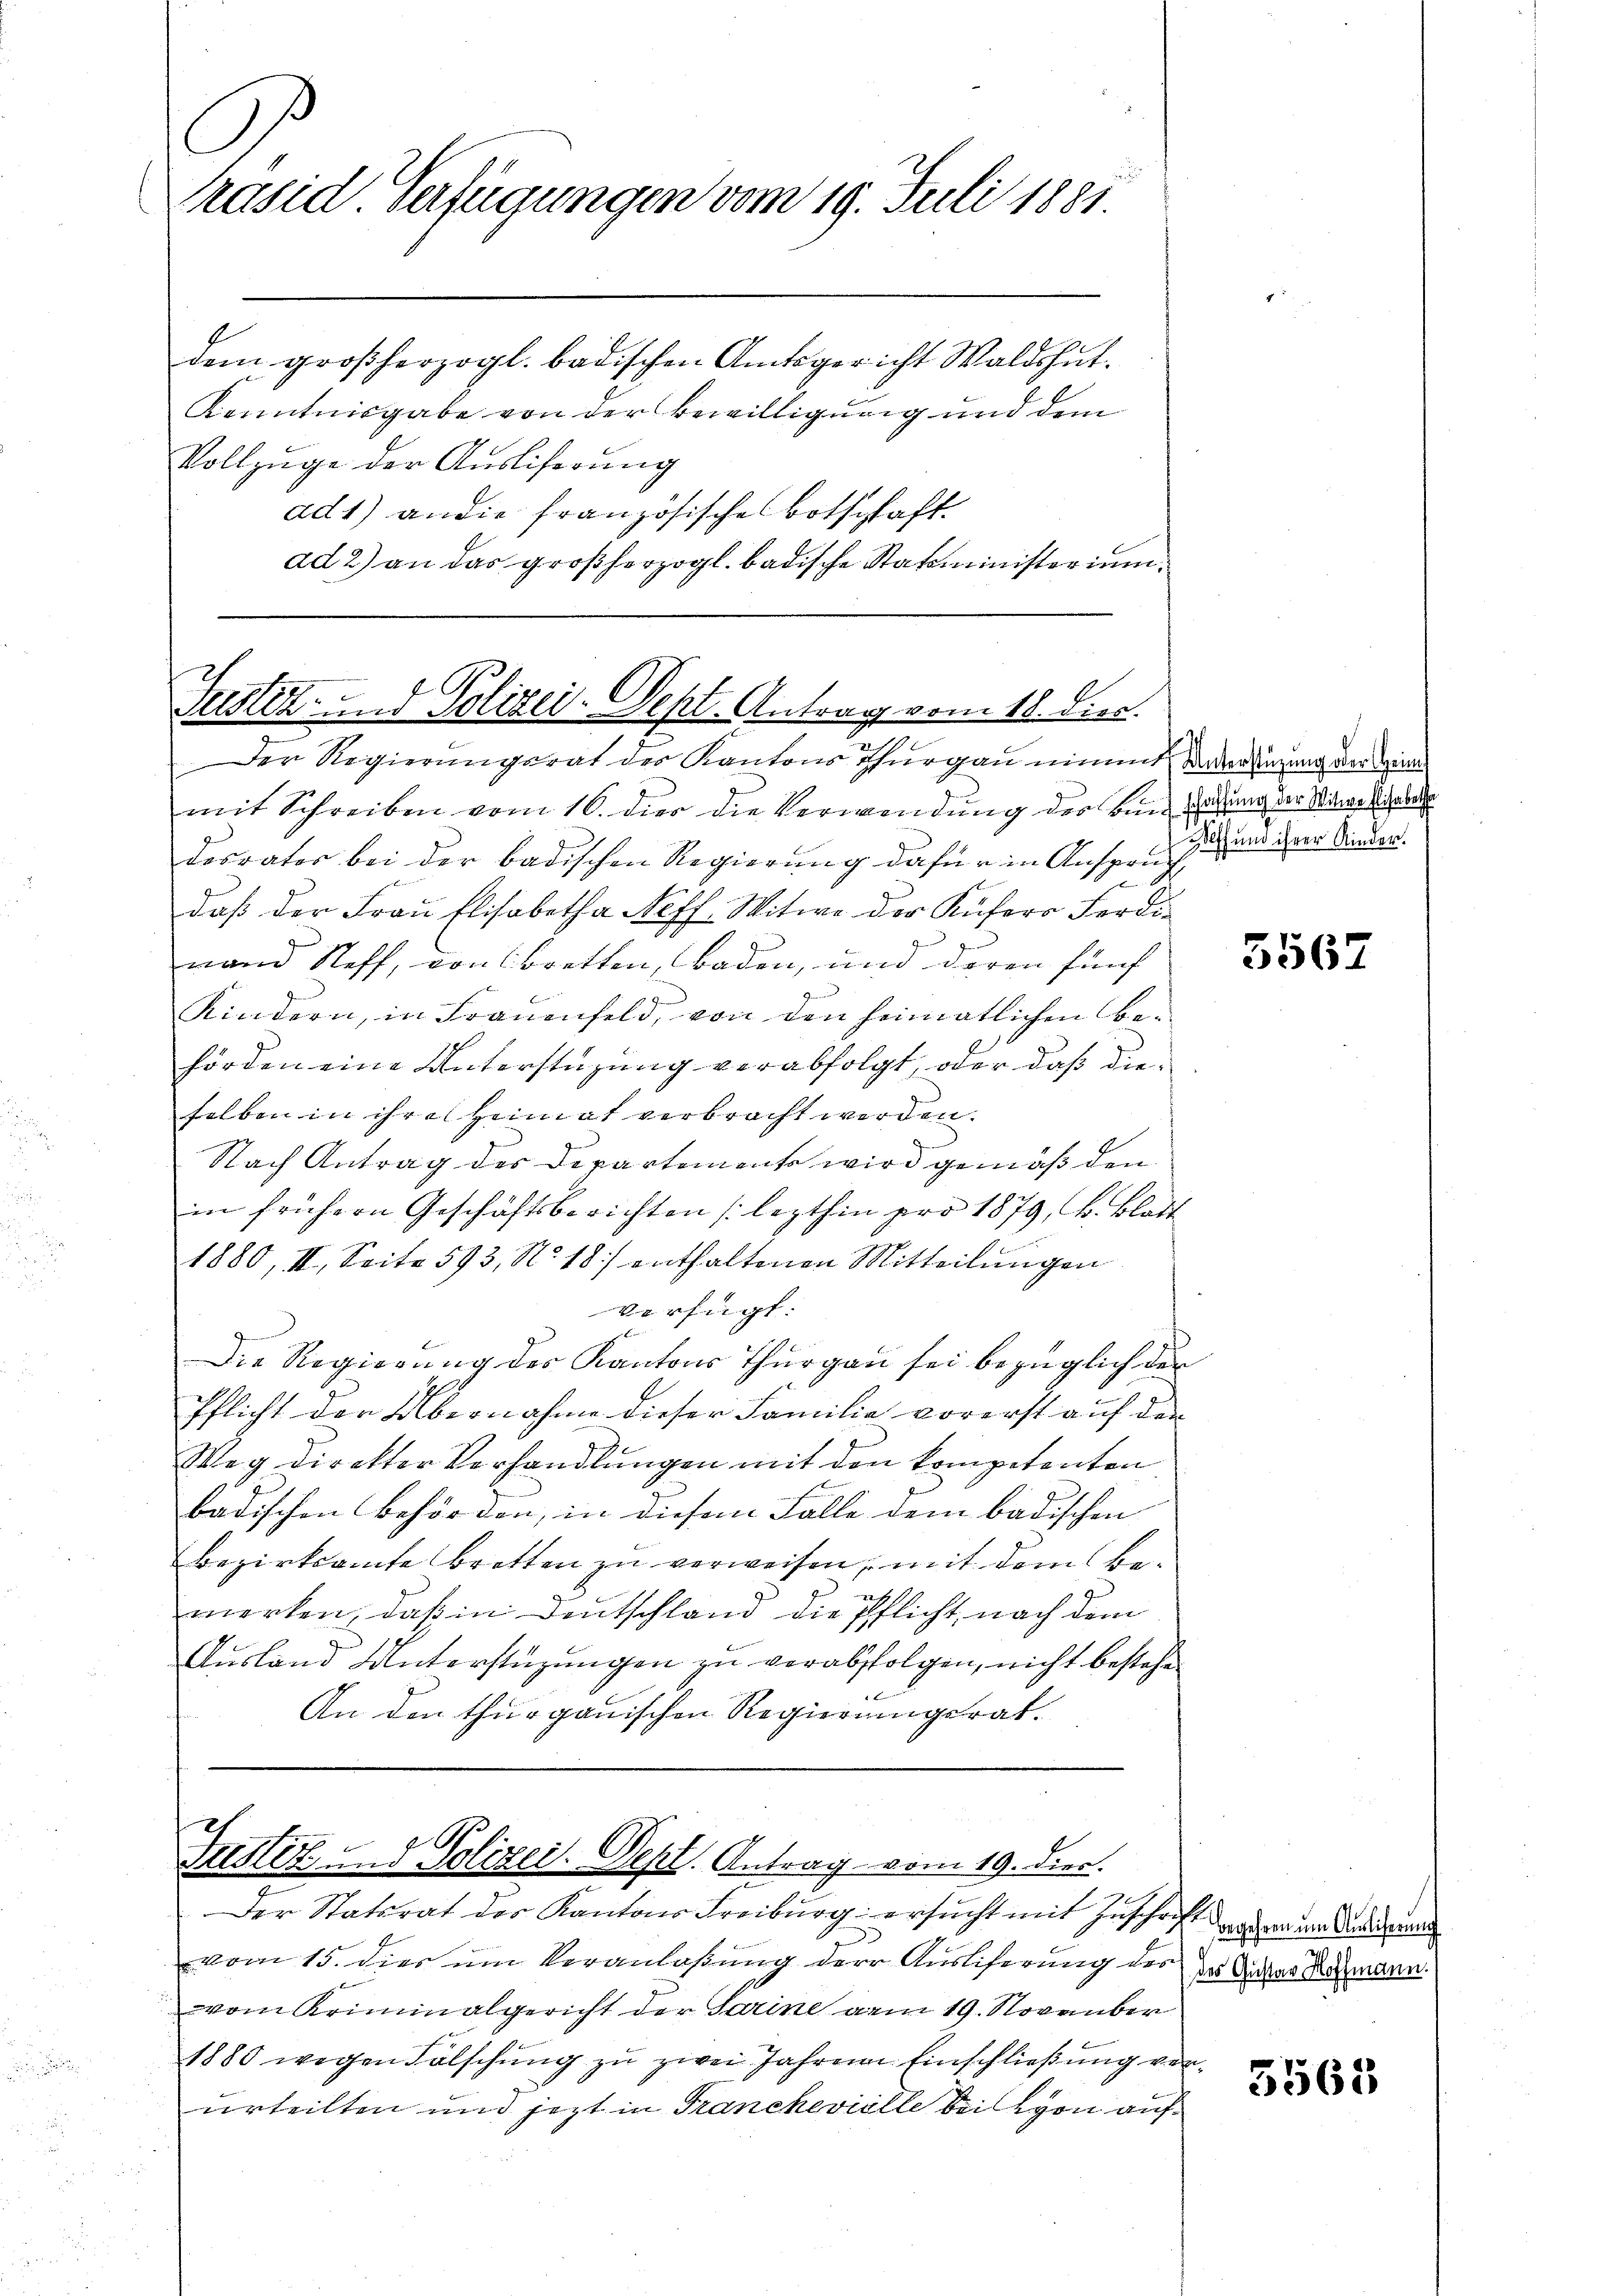
C

Präsid Verfügungen vom 19. Juli 1881.

dem großherzogl. badischen Amtsgericht Waldshut¬
Kenntnisgabe von der Bewilligung und dem
Vollzuge der Auslieferung
ad1) an die französisches Botschaft
ad 2) an das großherzogl. badische Statministerium

Justiz- und Polizei-Sept. Antrag vom 18. Dies.
Der Regierungsrat des Kantons Thurgau nimmt Winterdingung der Hin

mit Schreiben vom 16. dies die Verwendung der Bund Gesung der Witwettelal
Dosvater bei der badischen Regierung dafür in Ansprung sich und dem Sinder
daß der Frau Elisabetha Neff. Witwe der Küfers Ferdinand Stoff, von Bretten, Baden, und deren fünf
Kindern, in Frauenfeld, von den heimatlichen Behörden eine Unterstüzung verabfolgt, oder daß dieselben in ihre Heimat verbracht werden.
Nach Antrag des Departemente wird gemäß den
im frühern Geschäftsberichten lezthin pro 1879, B. Blatt
1880, II. Seite 593, N. 18) enthaltenen Mitteilŭngen
verfügt:
Die Regierung des Kantons Thurgau sei bezüglich der
Pflicht der Übernahme dieser Familie vorerst auf der
Weg direkter Verhandlungen mit den kompetenten
bädischen Behörden, in diesem Falle dem badischen
Bezirksamte bretten zu verweisen, mit dem Be¬
21.
merken, daß in Deutschland die Pflicht, nach dem
Ausland Unterstüzungen zu verabfolgen, nicht bestehen
An den thurgauischen Regierungsrat.

Justiz und Polizeit. Sept. Antrag vom 19. dies.

Der Statsrat des Kantons Freiburg ersucht mit Zuschrift der den um Baden
vom 15. dies um Veranlaßung der Ausliferung des des Ander Rahmann.
vom Kriminalgericht der Sarine vom 19. November
1880 wegen Fälschung zu zwei Jahren Einschließung von
urteilten und jezt in Franchevielle bei von auf

3567

5563